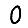
Digit: 0